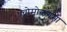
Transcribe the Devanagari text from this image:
चोमोलंगमा